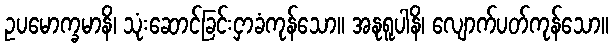
ဥပမောက္ခမာနိ၊ သုံးဆောင်ခြင်းငှာခံကုန်သော။ အနုရူပါနိ၊ လျောက်ပတ်ကုန်သော။